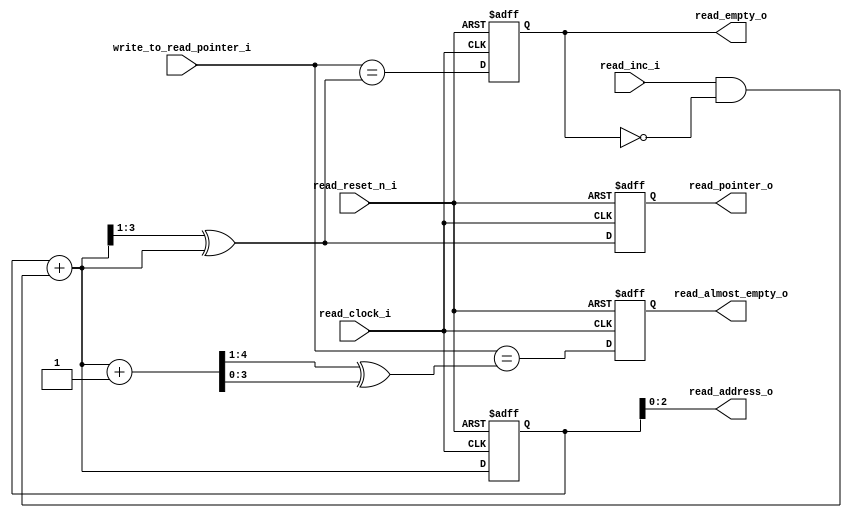
module read_empty_block
#(
    parameter                       addr_size = 3
)
(
    input                           read_clock_i                                , //clock in read domain
    input                           read_reset_n_i                              , //reset active low signal in read domain
    input                           read_inc_i                                  , //variable increases read address value
    input       [addr_size:0]       write_to_read_pointer_i                     , //write address to read domain to check mem empty 
    
    output reg  [addr_size - 1:0]   read_address_o                              , //read address
    output reg  [addr_size:0]       read_pointer_o                              , //read address pointer
    output reg                      read_empty_o                                , //signal that mem is empty
    output reg                      read_almost_empty_o                           //signal that mem is almost empty
);
    reg         [addr_size:0]       read_binary                                 ; //binary current read address
    reg         [addr_size:0]       read_binary_next                            ; //binary next read address
    reg         [addr_size:0]       read_gray_next                              ; //gray next read address
    reg         [addr_size:0]       read_gray_next_almost_empty_check           ;

    always @*
    begin
        read_address_o = read_binary[addr_size - 1:0]                           ; //assign value for read address output
        read_binary_next = read_binary + (read_inc_i & ~read_empty_o)           ;
        read_gray_next = (read_binary_next >> 1) ^ read_binary_next             ; //compute value of gray code: G3 = G3, G2 = B3 ^ B2, G1 = B2 ^ B1, G0 = B1 ^ B0
        read_gray_next_almost_empty_check = ((read_binary_next + 1) >> 1) 
                                            ^ (read_binary_next+ 1 )            ;
    end

    always @(posedge read_clock_i, negedge read_reset_n_i) 
    begin
        if (~read_reset_n_i)
            {read_binary, read_pointer_o} <= 0                                  ;
        else
            {read_binary, read_pointer_o} <= {read_binary_next, read_gray_next} ;
    end
    
    always @(posedge read_clock_i, negedge read_reset_n_i) 
    begin
        if (~read_reset_n_i)
            begin
                read_empty_o <= 1                                               ;
                read_almost_empty_o <= 0                                        ;
            end
        else
            begin
                read_empty_o = (write_to_read_pointer_i == read_gray_next)      ; //fifo empty check
                read_almost_empty_o = (write_to_read_pointer_i == 
                                       read_gray_next_almost_empty_check)       ; //fifo almost empty check
            end

    end

endmodule